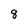
Character: 8